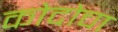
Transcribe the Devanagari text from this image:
कोदोचा